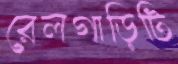
রেলগাড়িটি